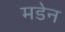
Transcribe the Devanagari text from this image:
मडेन